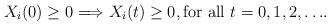
LaTeX: \begin{align*} X_i(0) \geq 0 \Longrightarrow X_i(t) \geq 0, \mbox{for all $t=0,1,2,\ldots$}. \end{align*}